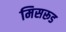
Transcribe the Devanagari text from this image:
मिसरूड